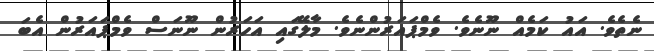
ނެތެވެ. އައު ކަމެއް ނޫނެވެ. ވެމްޕައަރުންނެވެ. މާލޭގައި އަހަރުން ނޫނަސް ވެމްޕައަރުން އެބަ